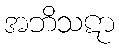
အဘိသဋာ